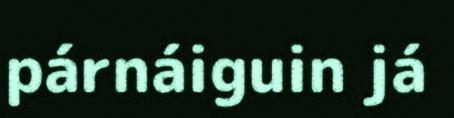
párnáiguin já